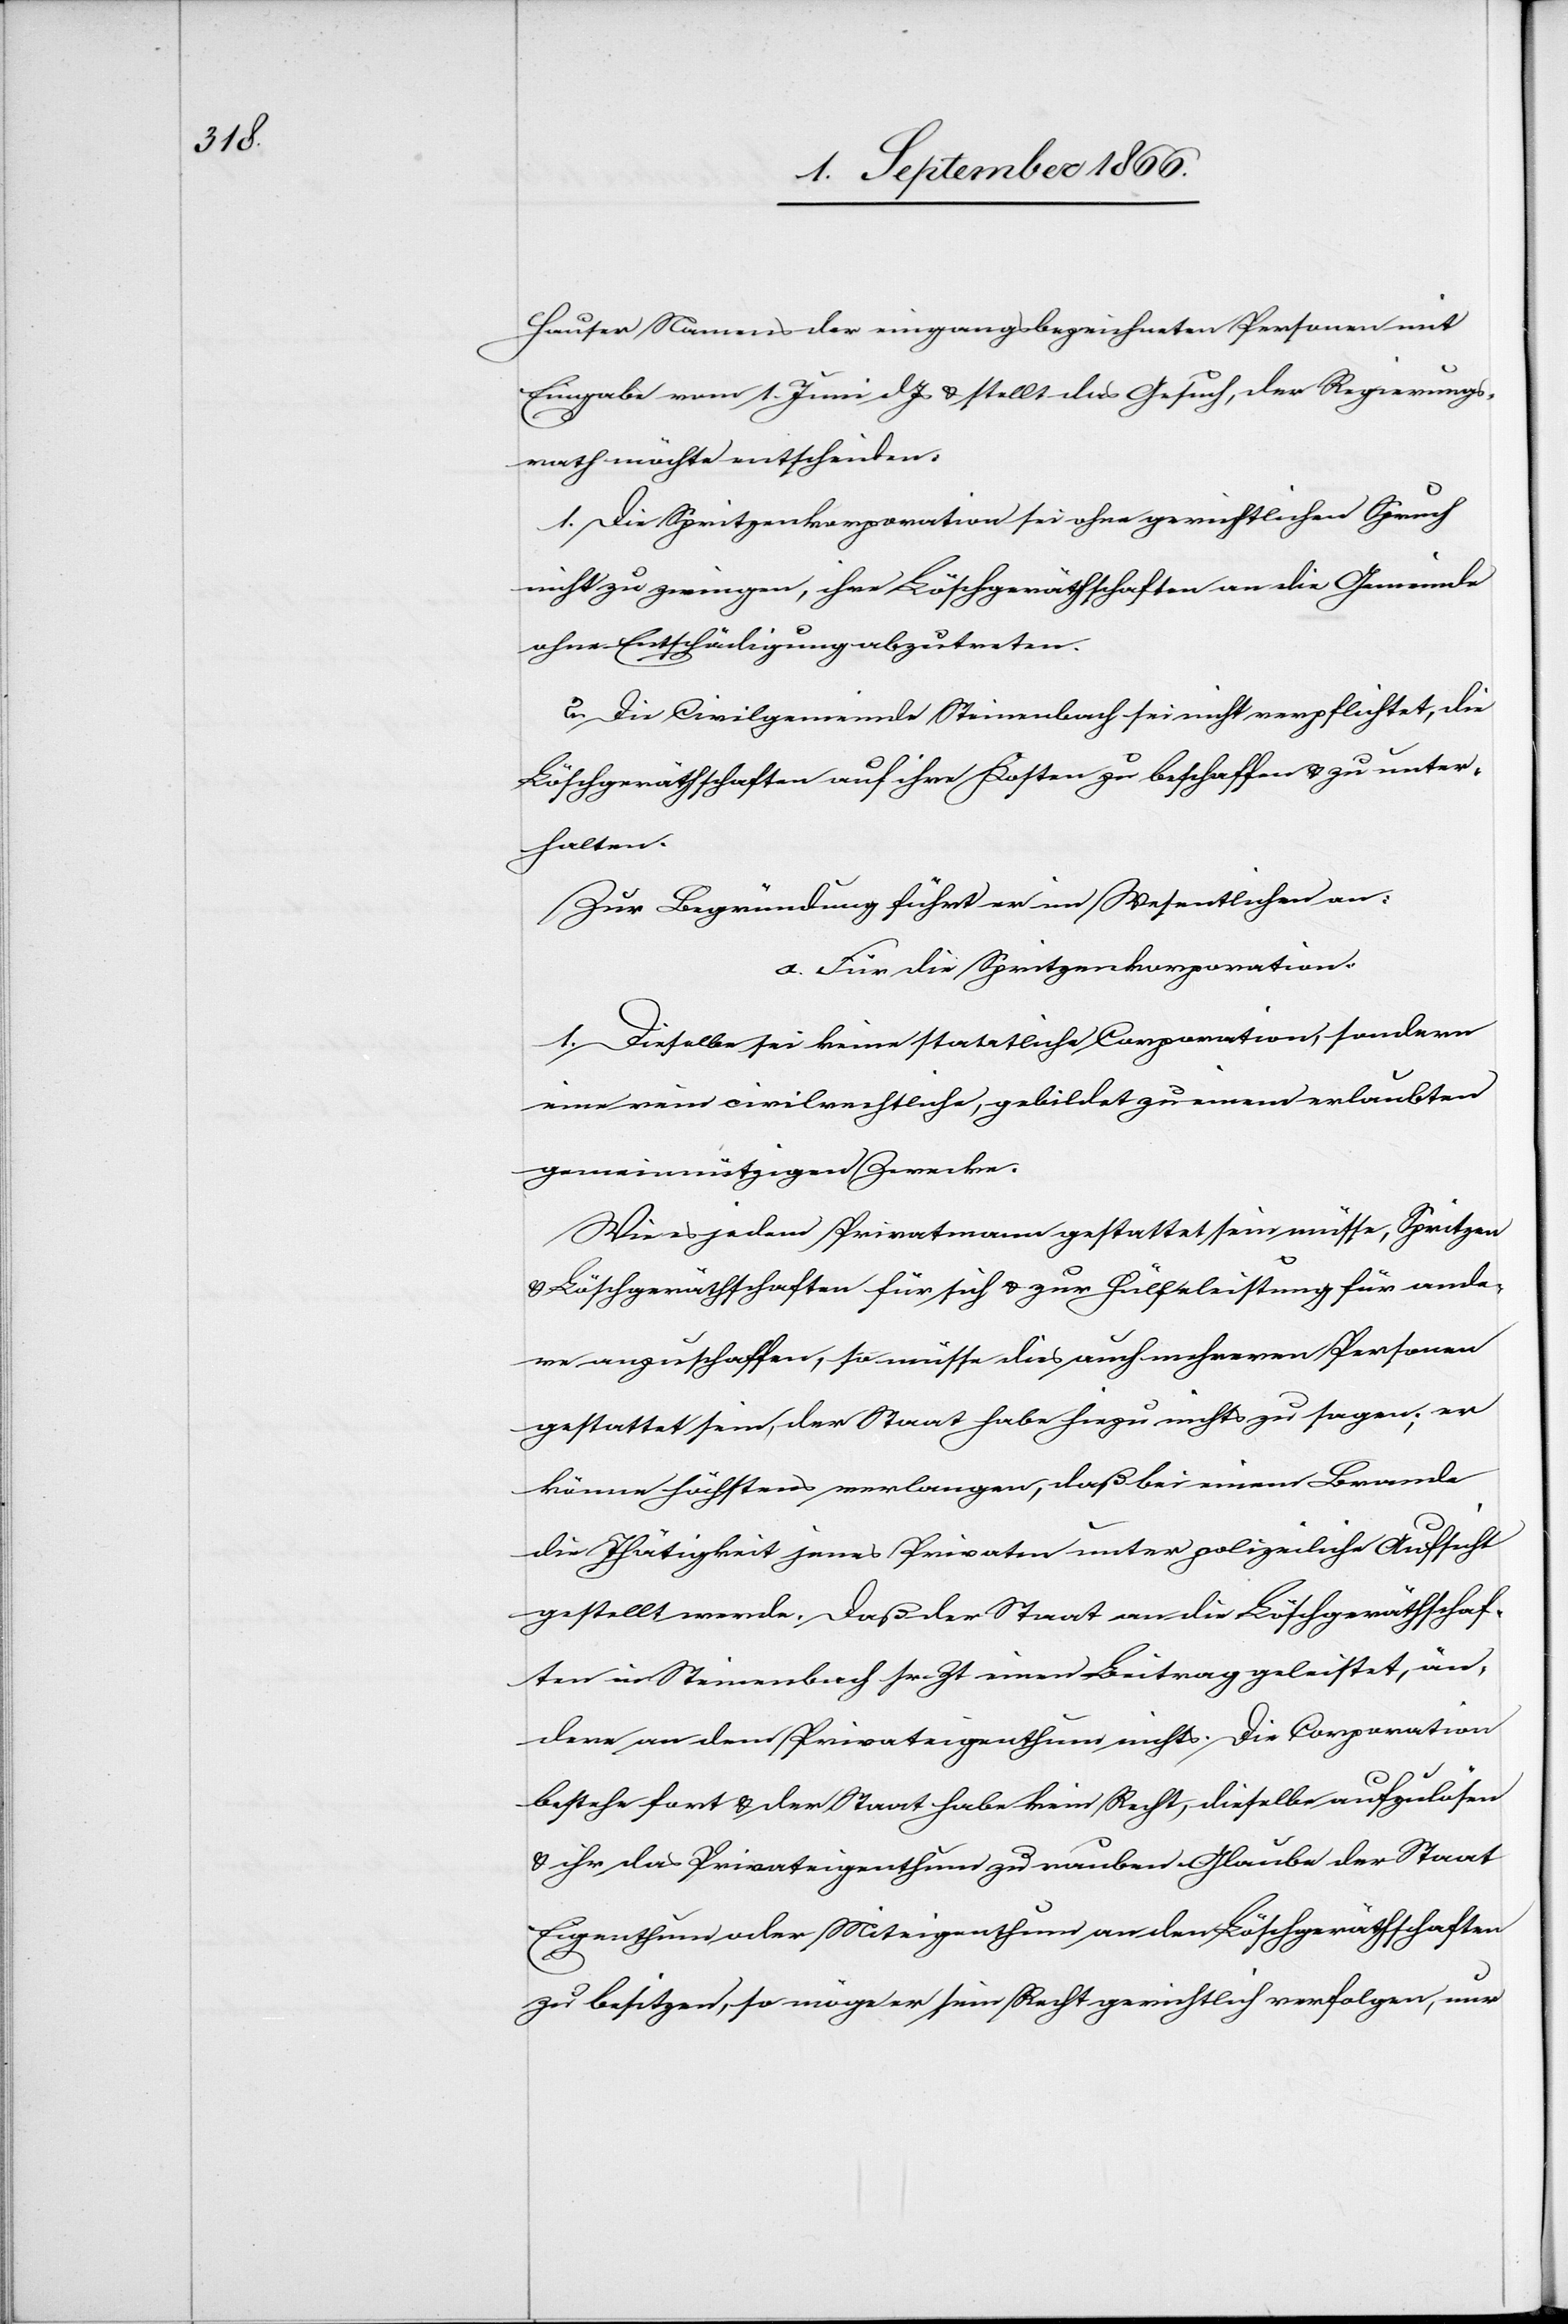
Hauser namens der eingangs bezeichneten Personen mit
Eingabe vom 1. Juni dJs. u. stellt das Gesuch, der Regierungs¬
rath möchte entscheiden:
1. Die Spritzenkorporation sei ohne gerichtlichen Spruch
nicht zu zwingen, ihre Löschgeräthschaften an die Gemeinde
ohne Entschädigung abzutreten.
2. Die Civilgemeinde Steinenbach sei nicht verpflichtet, die
Löschgeräthschaften auf ihre Kosten zu beschaffen u. zu unter¬
halten.
Zur Begründung führt er im Wesentlichen an:
a. Für die Spritzenkorporation:
1. Dieselbe sei keine staatliche Corporation, sondern
eine rein civilrechtliche, gebildet zu einem erlaubten
gemeinnützigen Zwecke.
Wie es jedem Privatmann gestattet sein müsse, Spritzen
u. Löschgeräthschaften für sich u. zur Hülfeleistung für ande¬
re anzuschaffen, so müsse dies auch mehrern Personen
gestattet sein, der Staat habe hiezu nichts zu sagen; er
könne höchstens verlangen, daß bei einem Brande
die Thätigkeit jenes Privaten unter polizeiliche Aufsicht
gestellt werde. Daß der Staat an die Löschgeräthschaf¬
ten in Steinenbach sr. Zt. einen Beitrag geleistet, än¬
dere an dem Privateigenthum nichts. Die Corporation
bestehe fort u. der Staat habe kein Recht, dieselbe aufzulösen
u. ihr das Privateigenthum zu rauben. Glaube der Staat
Eigenthum oder Miteigenthum an den Löschgeräthschaften
zu besitzen, so möge er sein Recht gerichtlich verfolgen, nur